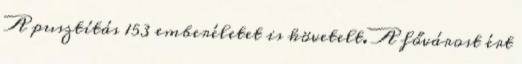
A pusztítás 153 emberéletet is követelt. A fővárost ért